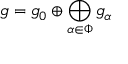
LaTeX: { \mathfrak { g } } = { \mathfrak { g } } _ { 0 } \oplus \bigoplus _ { \alpha \in \Phi } { \mathfrak { g } } _ { \alpha }